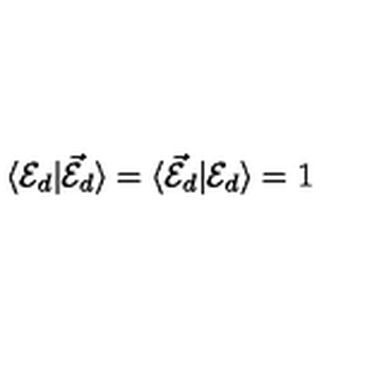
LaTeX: \langle { \cal E } _ { d } | { \cal \vec { E } } _ { d } \rangle = \langle { \cal \vec { E } } _ { d } | { \cal E } _ { d } \rangle = 1